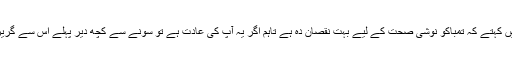
ہم یہ نہیں کہتے کہ تمباکو نوشی صحت کے لیے بہت نقصان دہ ہے تاہم اگر یہ آپ کی عادت ہے تو سونے سے کچھ دیر پہلے اس سے گریز کریں۔